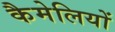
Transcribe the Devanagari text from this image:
कैमेलियों